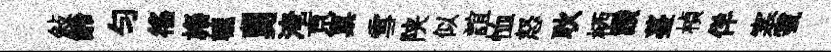
敍齡匀徭旛轆舅淹亰禀雪陕似誼恤怒耿栖讃薹楨佯塞虢